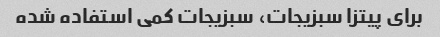
برای پیتزا سبزیجات، سبزیجات کمی استفاده شده